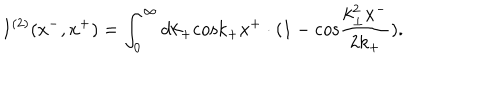
LaTeX: I ^ { ( 2 ) } ( x ^ { - } , x ^ { + } ) = \int _ { 0 } ^ { \infty } d k _ { + } \mathrm { c o s } k _ { + } x ^ { + } \cdot ( 1 - \mathrm { c o s } \frac { k _ { \bot } ^ { 2 } x ^ { - } } { 2 k _ { + } } ) .